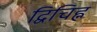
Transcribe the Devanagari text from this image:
द्विचिह्न